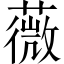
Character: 薇